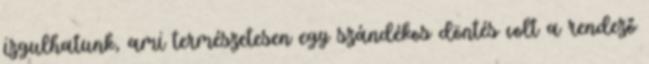
izgulhatunk, ami természetesen egy szándékos döntés volt a rendező